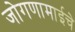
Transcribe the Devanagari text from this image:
जोगणामाईचे